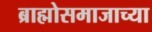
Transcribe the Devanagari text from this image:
ब्राह्मोसमाजाच्या